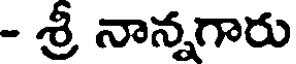
- శ్రీ నాన్నగారు